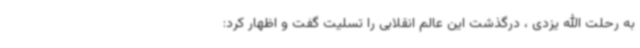
به رحلت الله یزدی ، درگذشت این عالم انقلابی را تسلیت گفت و اظهار کرد: